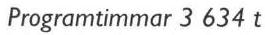
Programtimmar 3 634 t